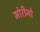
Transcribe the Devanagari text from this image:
मोरीनो